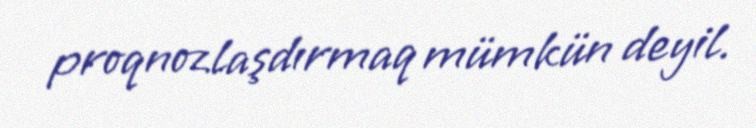
proqnozlaşdırmaq mümkün deyil.